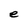
Character: e